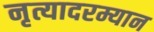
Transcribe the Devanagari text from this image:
नृत्यादरम्यान